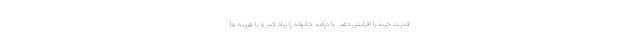
قدرت خرید را افزایش دهم. یا درآمد خانواده را زیاد کنم و یا هزینه ها